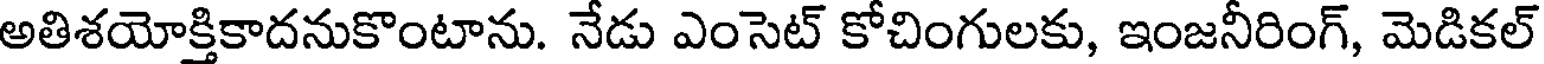
అతిశయోక్తికాదనుకొంటాను. నేడు ఎంసెట్ కోచింగులకు, ఇంజనీరింగ్, మెడికల్